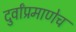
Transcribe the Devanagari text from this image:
दुर्वांप्रमाणेच